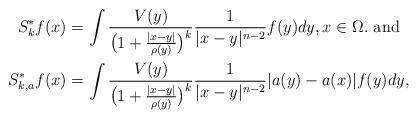
LaTeX: \begin{align*}S^{\ast}_{k}f(x) &=\int {{V(y)}\over{\big( 1+ {{|x-y|}\over{\rho(y)}}\big)^{k}}} {1\over{|x-y|^{n-2}}} f(y)dy, x\in\Omega. \mbox{ and}\\S^{\ast}_{k,a}f(x) &= \int {{V(y)}\over{\big( 1+ {{|x-y|}\over{\rho(y)}}\big)^{k}}} {1\over{|x-y|^{n-2}}} |a(y)-a(x)| f(y)dy,\end{align*}